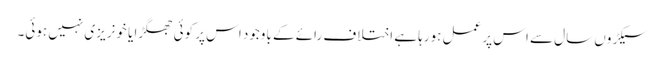
سیکڑوں سال سے اس پر عمل ہورہا ہے اختلاف رائے کے باوجود اس پر کوئی جھگڑا یا خونریزی نہیں ہوئی۔